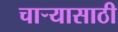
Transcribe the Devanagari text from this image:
चाऱ्यासाठी